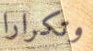
وتكرارا